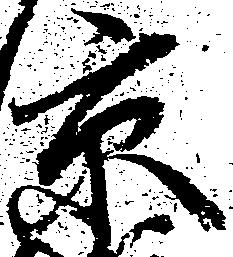
京